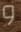
و